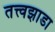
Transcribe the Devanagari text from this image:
तत्त्वझाडा